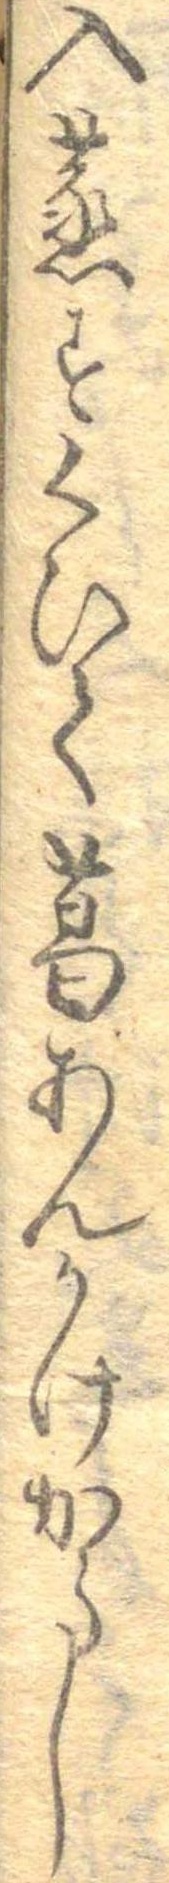
入蒸すくひて葛あんかけからし